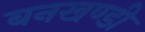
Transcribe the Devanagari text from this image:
बनखण्डी